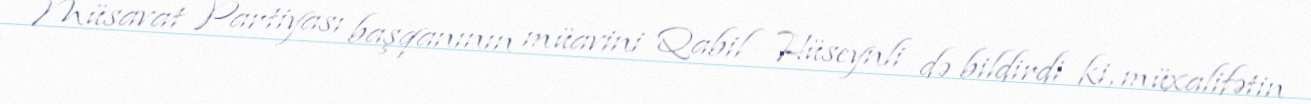
Müsavat Partiyası başqanının müavini Qabil Hüseynli də bildirdi ki, müxalifətin